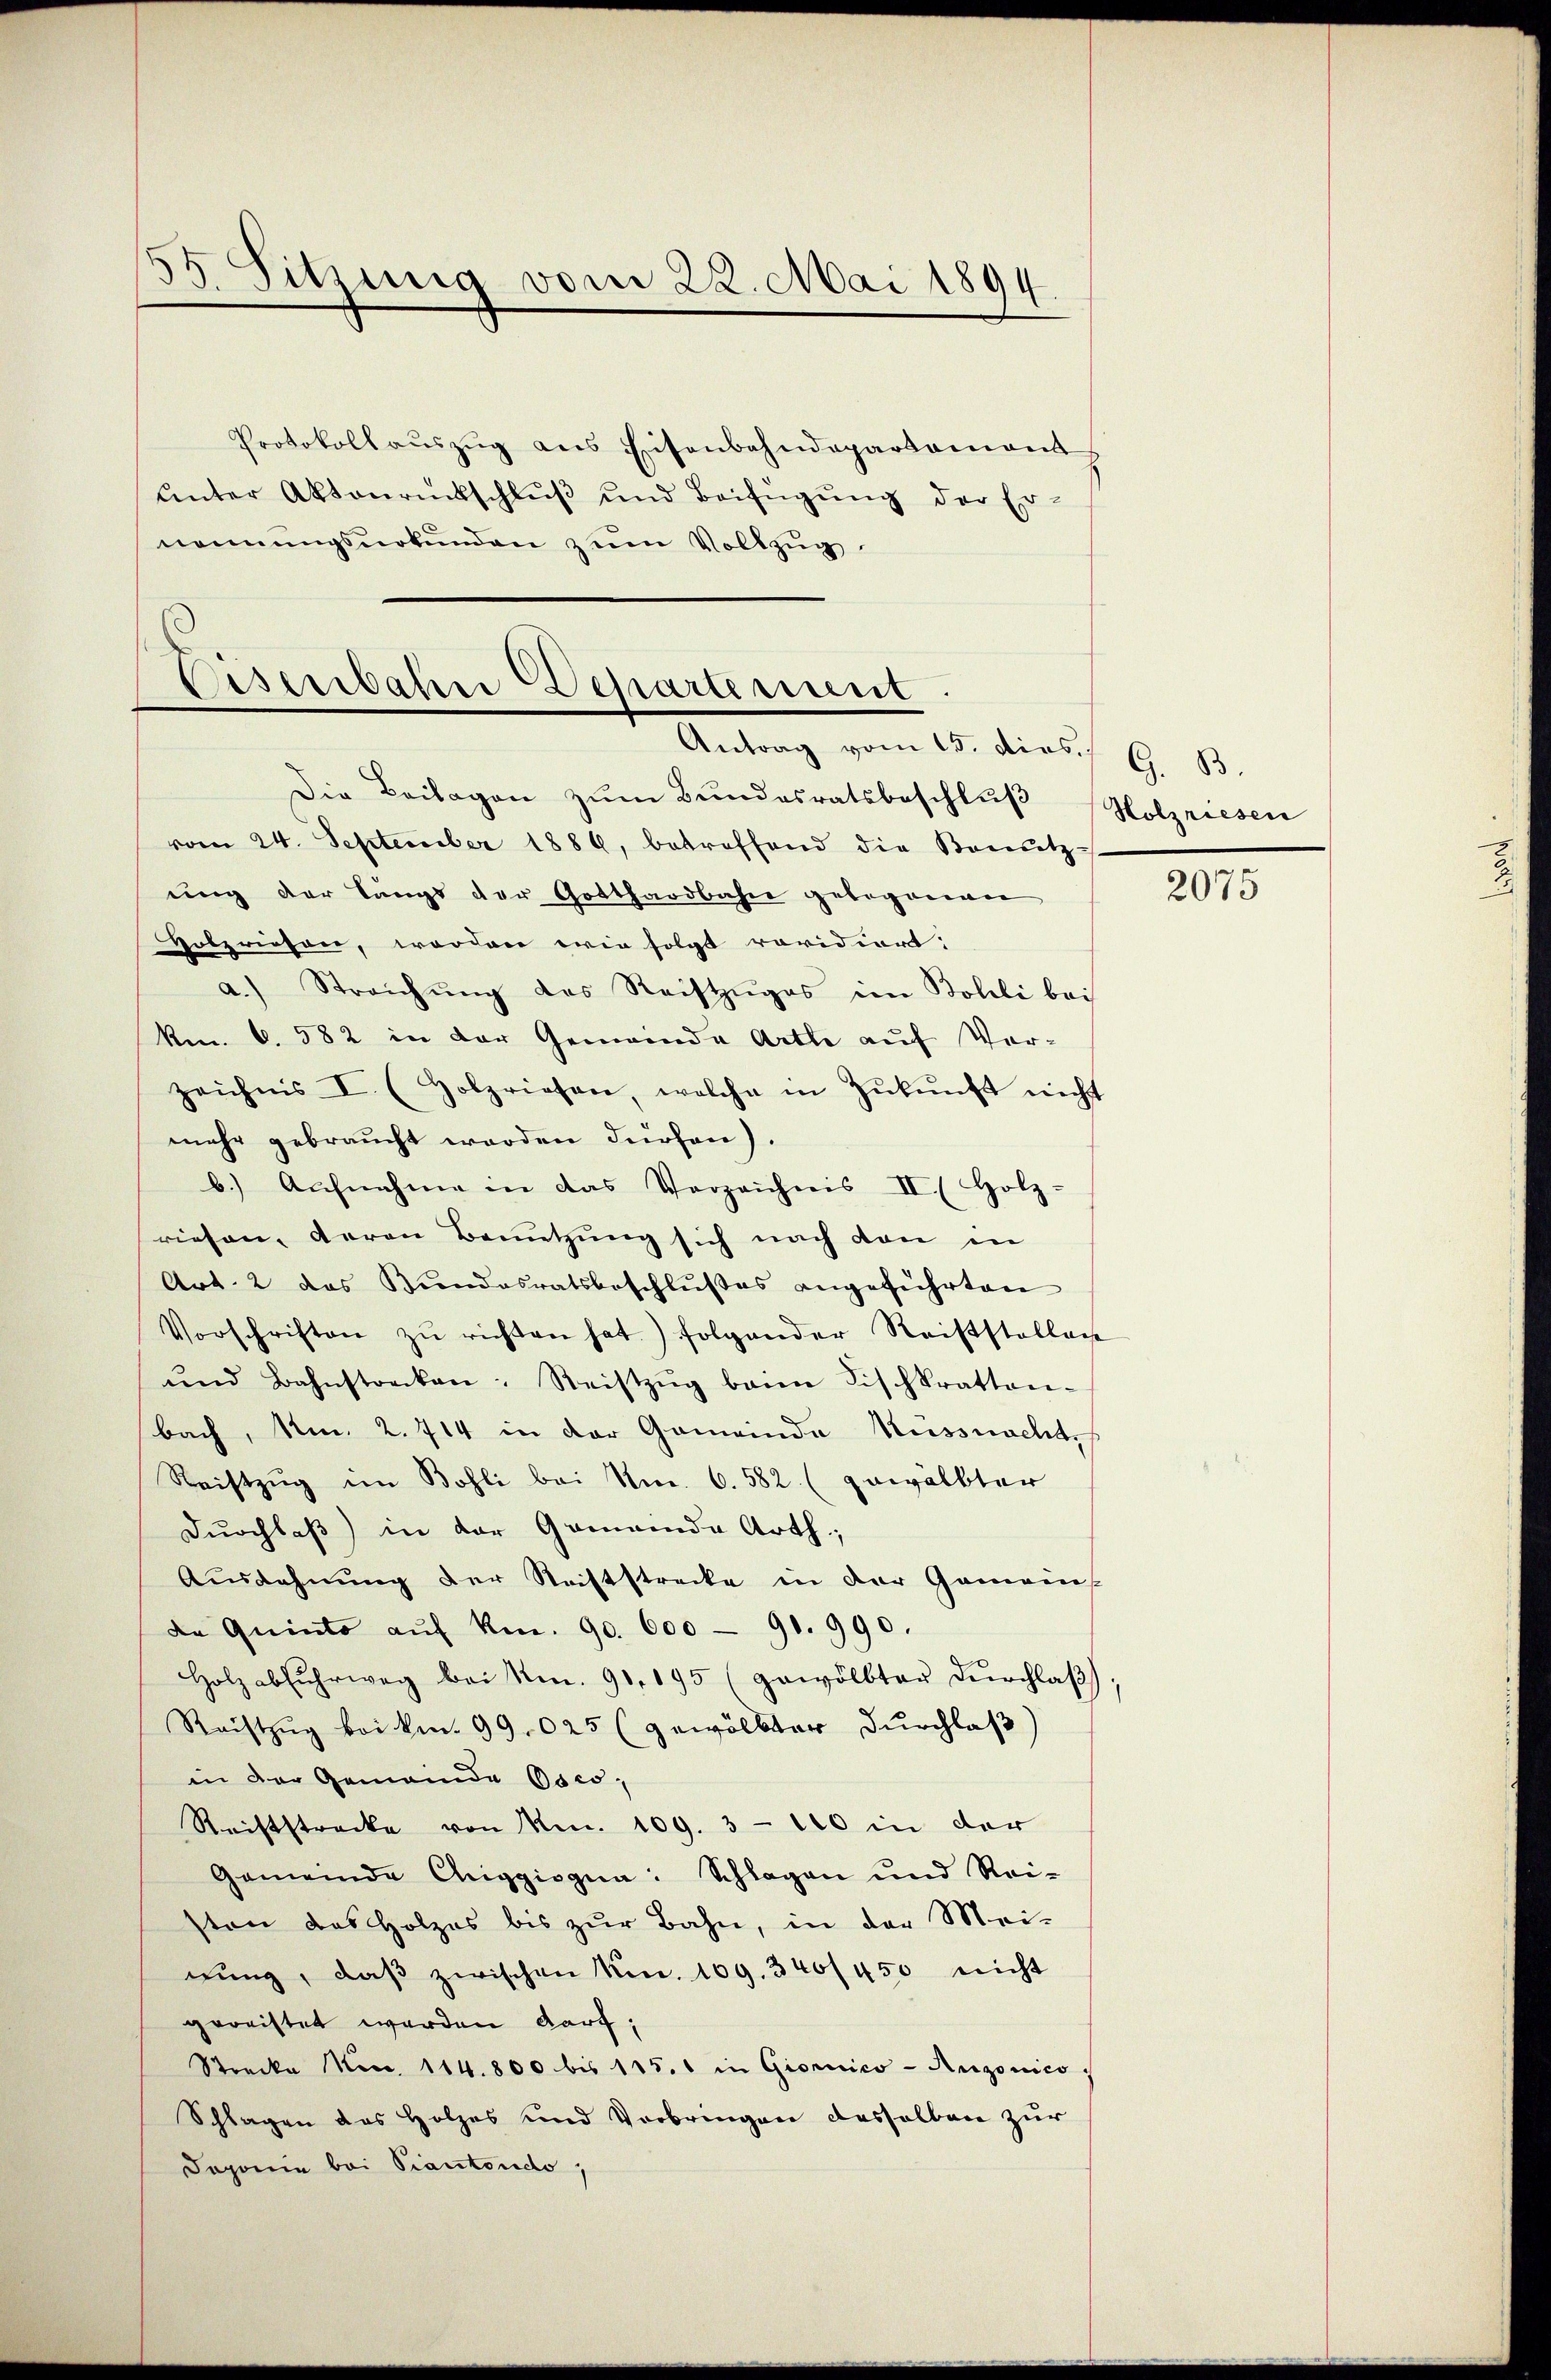
33. Sitzung vom 22. Mai 1894

Protokollaŭszŭg ans Eisenbahndepartament
ŭnter Aktenrückschlŭβ und Beifügŭng der Er-
nennungsurkunden zum Vollzug.

Eisenbahne Departement
Antrag vom 15. dies. G. B.

Die Beilagen zum Bundesratsbeschluß
vom 24. September 1886, betreffend die Benutz-
ung der längs der Gotthardbahn gebogenen
Holzriesen, worden wir folgt revidiert:
a.) Streichŭng des Reistzŭges im Bolli bei
km. 6. 582 in der Gemeinde Arthe auf Verzeichnis I (Holzriesen, welche in Zŭkŭnft nicht
mehr gebraucht werden dürfen).
b.) Aufnahme in das Verzeichnis II. (Holz-
riesen, deren Benutzung sich nach den in
Art. 2 das Bŭndesratsbeschlŭβes angeführten
Vorschriften zŭ richten hat) folgender Reiststellen
ŭnd Bahnstrecken: Reistzŭg dann Fischkrattan-
bach, Am. 2. 714 in der Gemeinde Küssnacht,
Reistzŭg im Bohli bei Nm. 6. 582. (gewölbter
Durchlaß) in der Gemeinde Arth;
Ausdehnung der Steiftstrecke in der Gemeins
de Quinto aŭf Km. 90. 600 - 91. 990.
Holzabsŭhrweg bei Nm. 90, 195 (gewölbter Dŭrchlaβ
Raistzug bei kn. 99,025 (gewölkter Durchlaß
in der Gemeinde Osco,
Reiststrecke von m. 109. 3 - 120 in der
Gemeinde Chiggisgna: Splügen und Rei-
von das Holzes bis zŭr Bahn, in der Mei-
nŭng, daβ zwischen Nr. 109. 340/450 nicht
gereistet werden darf,
Strecke No. 114. 800 bis 115. in Giornico-Anzonico.
Splügen das Holzes und Verbringen desselben zur
Daponie bei Piantondo,

Holzriesen

2075